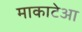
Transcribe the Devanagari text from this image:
माकाटेआ